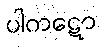
ပါကဋော